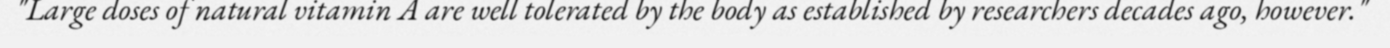
"Large doses of natural vitamin A are well tolerated by the body as established by researchers decades ago, however."